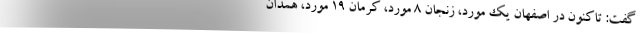
گفت: تاکنون در اصفهان یک مورد، زنجان ۸ مورد، کرمان ۱۹ مورد، همدان